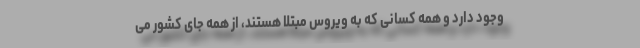
وجود دارد و همه کسانی که به ویروس مبتلا هستند، از همه جای کشور می